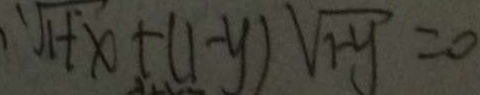
\sqrt [ 1 ] { 1 + x } + ( 1 - y ) \sqrt { 7 - y } = 0